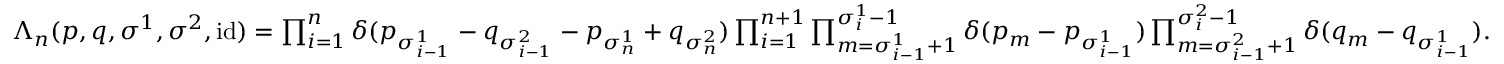
\begin{array} { r } { \Lambda _ { n } ( \boldsymbol { p } , \boldsymbol { q } , \sigma ^ { 1 } , \sigma ^ { 2 } , \mathrm { i d } ) = \prod _ { i = 1 } ^ { n } \delta ( p _ { \sigma _ { i - 1 } ^ { 1 } } - q _ { \sigma _ { i - 1 } ^ { 2 } } - p _ { \sigma _ { n } ^ { 1 } } + q _ { \sigma _ { n } ^ { 2 } } ) \prod _ { i = 1 } ^ { n + 1 } \prod _ { m = \sigma _ { i - 1 } ^ { 1 } + 1 } ^ { \sigma _ { i } ^ { 1 } - 1 } \delta ( p _ { m } - p _ { \sigma _ { i - 1 } ^ { 1 } } ) \prod _ { m = \sigma _ { i - 1 } ^ { 2 } + 1 } ^ { \sigma _ { i } ^ { 2 } - 1 } \delta ( q _ { m } - q _ { \sigma _ { i - 1 } ^ { 1 } } ) . } \end{array}